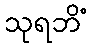
သုရဘိံ